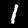
Label: 1